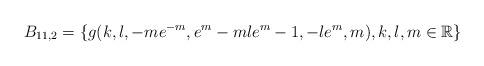
LaTeX: \begin{align*} B_{11,2}=\{g(k,l,-me^{-m},e^{m}-mle^{m}-1,-le^{m},m), k,l,m \in \mathbb R\} \end{align*}